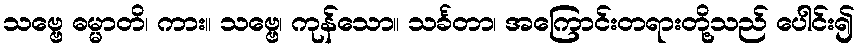
သဗ္ဗေ ဓမ္မာတိ၊ ကား။ သဗ္ဗေ၊ ကုန်သော။ သင်္ခတာ၊ အကြောင်းတရားတို့သည် ပေါင်း၍